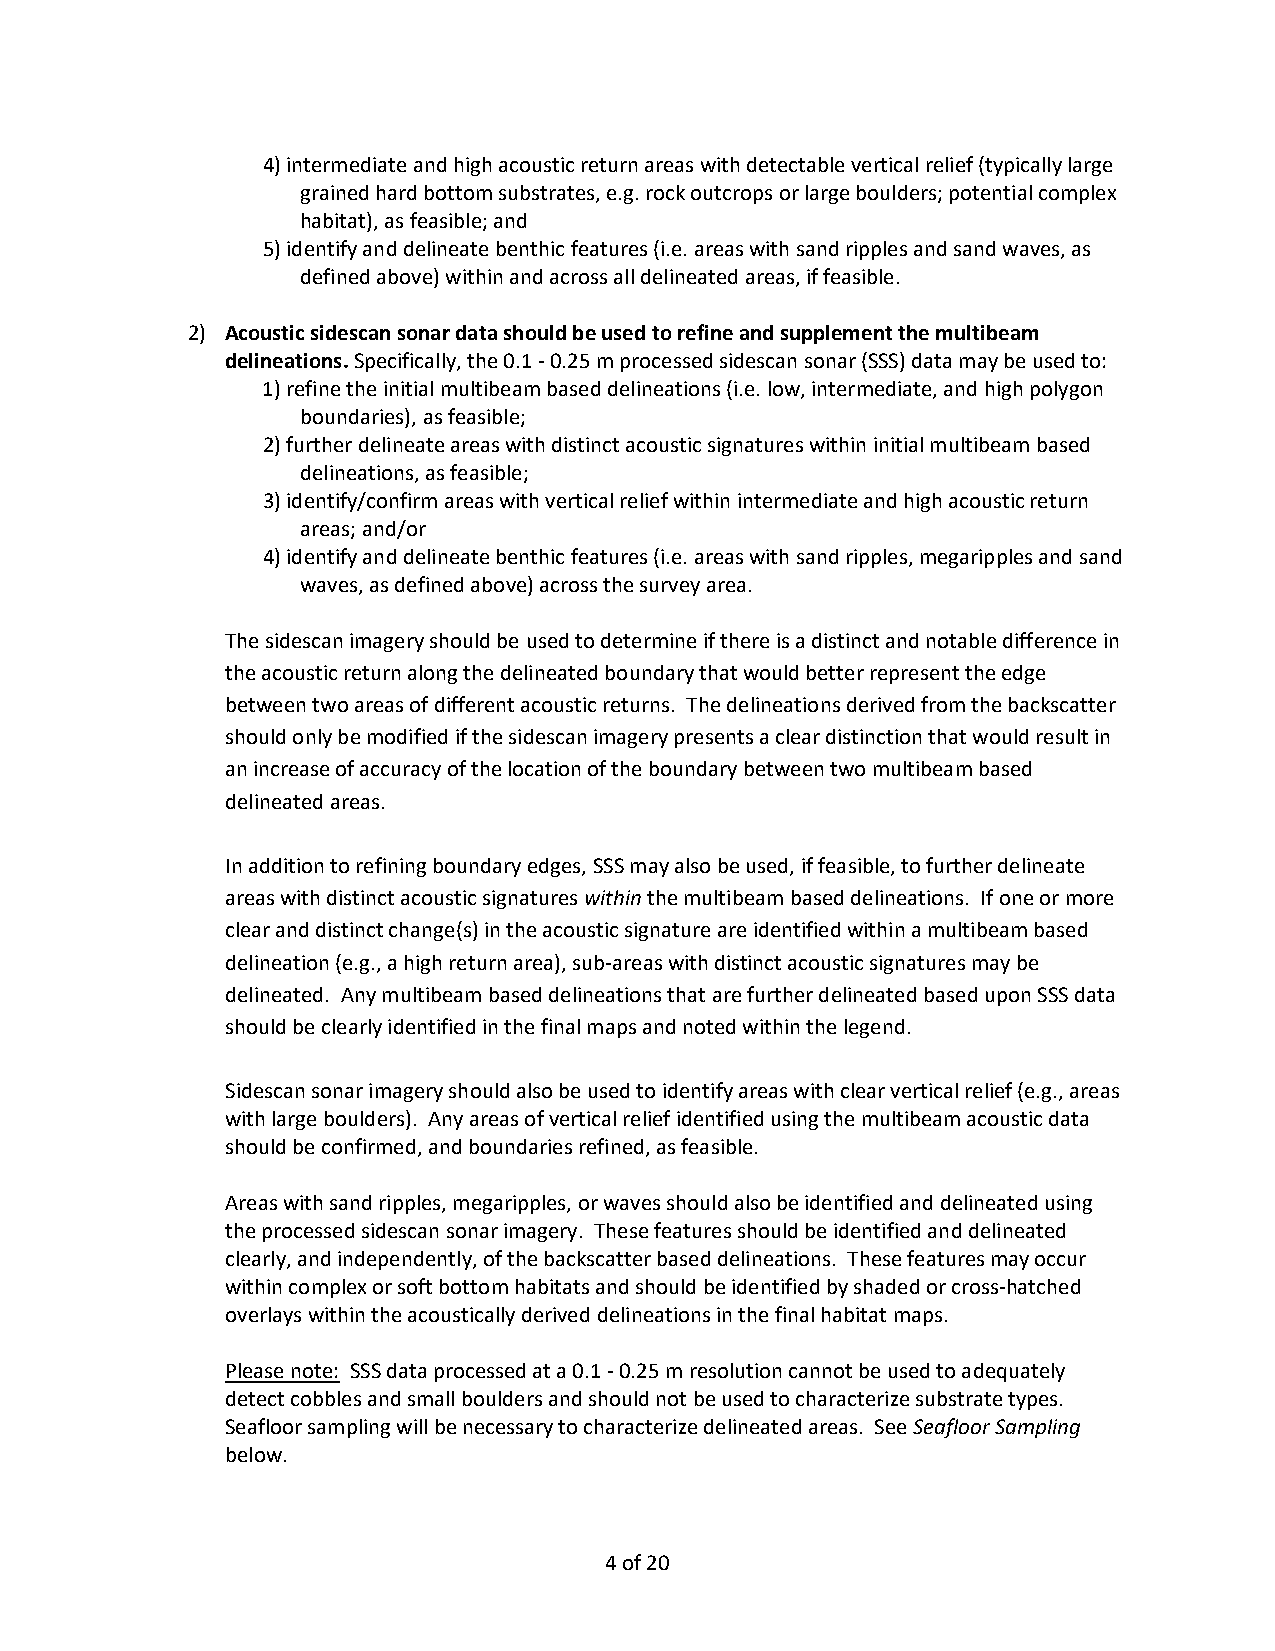
4) intermediate and high acoustic return areas with detectable vertical relief (typically large
 grained hard bottom substrates, e.g. rock outcrops or large boulders; potential complex
 habitat), as feasible; and
 5) identify and delineate benthic features (i.e. areas with sand ripples and sand waves, as
 defined above) within and across all delineated areas, if feasible.
 2) Acoustic sidescan sonar data should be used to refine and supplement the multibeam
 delineations. Specifically, the 0.1 - 0.25 m processed sidescan sonar (SSS) data may be used to:
 1) refine the initial multibeam based delineations (i.e. low, intermediate, and high polygon
 boundaries), as feasible;
 2) further delineate areas with distinct acoustic signatures within initial multibeam based
 delineations, as feasible;
 3) identify/confirm areas with vertical relief within intermediate and high acoustic return
 areas; and/or
 4) identify and delineate benthic features (i.e. areas with sand ripples, megaripples and sand
 waves, as defined above) across the survey area.
 The sidescan imagery should be used to determine if there is a distinct and notable difference in
 the acoustic return along the delineated boundary that would better represent the edge
 between two areas of different acoustic returns. The delineations derived from the backscatter
 should only be modified if the sidescan imagery presents a clear distinction that would result in
 an increase of accuracy of the location of the boundary between two multibeam based
 delineated areas.
 In addition to refining boundary edges, SSS may also be used, if feasible, to further delineate
 areas with distinct acoustic signatures within the multibeam based delineations. If one or more
 clear and distinct change(s) in the acoustic signature are identified within a multibeam based
 delineation (e.g., a high return area), sub-areas with distinct acoustic signatures may be
 delineated. Any multibeam based delineations that are further delineated based upon SSS data
 should be clearly identified in the final maps and noted within the legend.
 Sidescan sonar imagery should also be used to identify areas with clear vertical relief (e.g., areas
 with large boulders). Any areas of vertical relief identified using the multibeam acoustic data
 should be confirmed, and boundaries refined, as feasible.
 Areas with sand ripples, megaripples, or waves should also be identified and delineated using
 the processed sidescan sonar imagery. These features should be identified and delineated
 clearly, and independently, of the backscatter based delineations. These features may occur
 within complex or soft bottom habitats and should be identified by shaded or cross-hatched
 overlays within the acoustically derived delineations in the final habitat maps.
 Please note: SSS data processed at a 0.1 - 0.25 m resolution cannot be used to adequately
 detect cobbles and small boulders and should not be used to characterize substrate types.
 Seafloor sampling will be necessary to characterize delineated areas. See Seafloor Sampling
 below.
 4 of 20